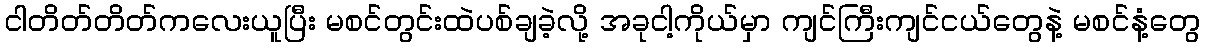
ငါတိတ်တိတ်ကလေးယူပြီး မစင်တွင်းထဲပစ်ချခဲ့လို့ အခုငါ့ကိုယ်မှာ ကျင်ကြီးကျင်ငယ်တွေနဲ့ မစင်နံ့တွေ